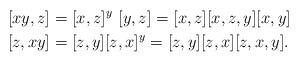
LaTeX: \begin{align*} [xy, z]&= [x, z]^y\ [y, z]= [x, z] [x, z, y] [x, y]\ \\ [z, xy]&= [z, y] [z, x]^y= [z, y] [z, x] [z, x, y].\end{align*}